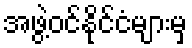
အဖွဲ့ဝင်နိုင်ငံများမှ